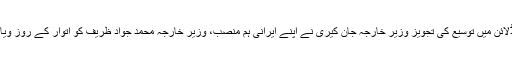
ایک سینئر امریکی اہل کار نے کہا ہے کہ ڈیڈلائن میں توسیع کی تجویز وزیر خارجہ جان کیری نے اپنے ایرانی ہم منصب، وزیر خارجہ محمد جواد ظریف کو اتوار کے روز ویانا میں ہونے والی ملاقات کے دوران پیش کی۔